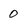
Character: 0